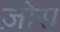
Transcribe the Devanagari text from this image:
ज़ोस